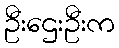
ဦးဌေးဦးက